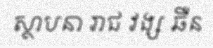
ស្ថាបនា រាជ វង្ស ឆឺន